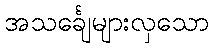
အသင်္ချေများလှသော